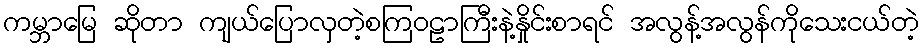
ကမ္ဘာမြေ ဆိုတာ ကျယ်ပြောလှတဲ့စကြဝဠာကြီးနဲ့နှိုင်းစာရင် အလွန့်အလွန်ကိုသေးငယ်တဲ့